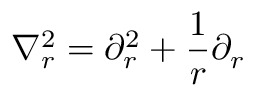
\nabla _ { r } ^ { 2 } = \partial _ { r } ^ { 2 } + \frac { 1 } { r } \partial _ { r }